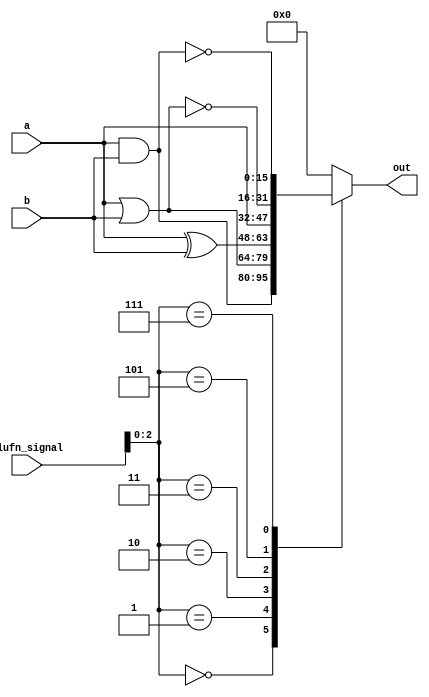
/*
   This file was generated automatically by Alchitry Labs version 1.2.7.
   Do not edit this file directly. Instead edit the original Lucid source.
   This is a temporary file and any changes made to it will be destroyed.
*/

module boolean_19 (
    input [15:0] a,
    input [15:0] b,
    input [5:0] alufn_signal,
    output reg [15:0] out
  );
  
  
  
  always @* begin
    
    case (alufn_signal[0+2-:3])
      3'h0: begin
        out = a & b;
      end
      3'h1: begin
        out = a | b;
      end
      3'h2: begin
        out = a ^ b;
      end
      3'h3: begin
        out = a;
      end
      3'h5: begin
        out = ~(a | b);
      end
      3'h7: begin
        out = ~(a & b);
      end
      default: begin
        out = 16'h0000;
      end
    endcase
  end
endmodule